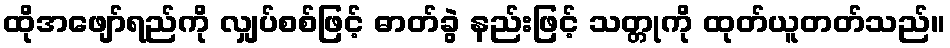
ထိုအဖျော်ရည်ကို လျှပ်စစ်ဖြင့် ဓာတ်ခွဲ နည်းဖြင့် သတ္တုကို ထုတ်ယူတတ်သည်။